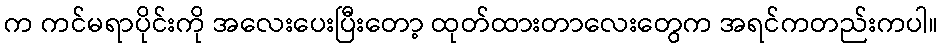
က ကင်မရာပိုင်းကို အလေးပေးပြီးတော့ ထုတ်ထားတာလေးတွေက အရင်ကတည်းကပါ။